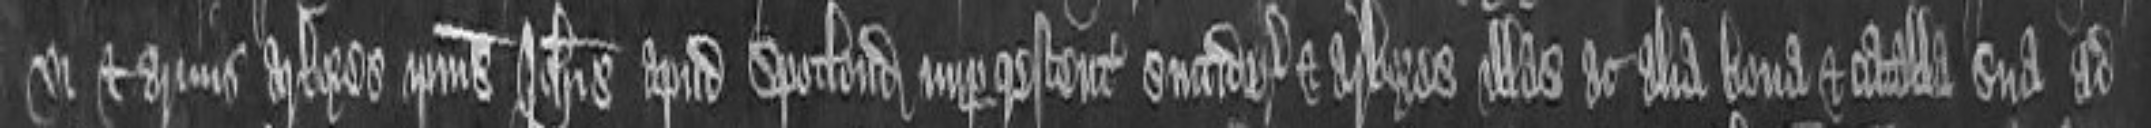
vi et armis arbores ipsius Johannis apud Spotlond nuper crescentes succiderunt et arbores illas ac alia bona et catalla sua ad